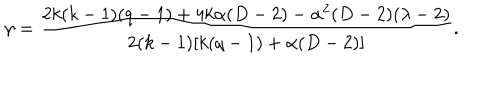
\gamma = \frac { 2 k ( k - 1 ) ( q - 1 ) + 4 k \alpha ( D - 2 ) - \alpha ^ { 2 } ( D - 2 ) ( \lambda - 2 ) } { 2 ( k - 1 ) [ k ( q - 1 ) + \alpha ( D - 2 ) ] } .